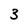
Character: 3